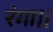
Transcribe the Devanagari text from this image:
रंगा।।